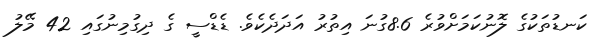
ކަނޑުތަކުގެ ލޮނުކަމަށްވުރެ 8.6ގުނަ އިތުރު އަދަދެކެވެ. ޑެޑްސީ ގެ ދިގުމިނުގައި 42 މޭލު